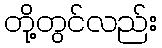
တို့တွင်လည်း